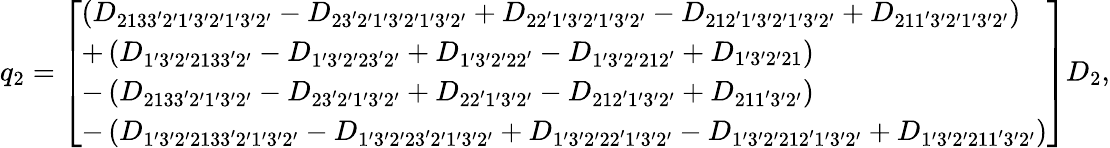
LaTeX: \begin{array}{r}{{q_{2}}=\left[\begin{array}{l}{\left({{D_{2133^{\prime}2^{\prime}1^{\prime}3^{\prime}2^{\prime}1^{\prime}3^{\prime}2^{\prime}}}-{D_{23^{\prime}2^{\prime}1^{\prime}3^{\prime}2^{\prime}1^{\prime}3^{\prime}2^{\prime}}}+{D_{22^{\prime}1^{\prime}3^{\prime}2^{\prime}1^{\prime}3^{\prime}2^{\prime}}}-{D_{212^{\prime}1^{\prime}3^{\prime}2^{\prime}1^{\prime}3^{\prime}2^{\prime}}}+{D_{211^{\prime}3^{\prime}2^{\prime}1^{\prime}3^{\prime}2^{\prime}}}}\right)}\\ {+\left({{D_{1^{\prime}3^{\prime}2^{\prime}2133^{\prime}2^{\prime}}}-{D_{1^{\prime}3^{\prime}2^{\prime}23^{\prime}2^{\prime}}}+{D_{1^{\prime}3^{\prime}2^{\prime}22^{\prime}}}-{D_{1^{\prime}3^{\prime}2^{\prime}212^{\prime}}}+{D_{1^{\prime}3^{\prime}2^{\prime}21}}}\right)}\\ {-\left({{D_{2133^{\prime}2^{\prime}1^{\prime}3^{\prime}2^{\prime}}}-{D_{23^{\prime}2^{\prime}1^{\prime}3^{\prime}2^{\prime}}}+{D_{22^{\prime}1^{\prime}3^{\prime}2^{\prime}}}-{D_{212^{\prime}1^{\prime}3^{\prime}2^{\prime}}}+{D_{211^{\prime}3^{\prime}2^{\prime}}}}\right)}\\ {-\left({{D_{1^{\prime}3^{\prime}2^{\prime}2133^{\prime}2^{\prime}1^{\prime}3^{\prime}2^{\prime}}}-{D_{1^{\prime}3^{\prime}2^{\prime}23^{\prime}2^{\prime}1^{\prime}3^{\prime}2^{\prime}}}+{D_{1^{\prime}3^{\prime}2^{\prime}22^{\prime}1^{\prime}3^{\prime}2^{\prime}}}-{D_{1^{\prime}3^{\prime}2^{\prime}212^{\prime}1^{\prime}3^{\prime}2^{\prime}}}+{D_{1^{\prime}3^{\prime}2^{\prime}211^{\prime}3^{\prime}2^{\prime}}}}\right)}\end{array}\right]{D_{2}},}\end{array}